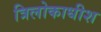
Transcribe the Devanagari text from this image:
त्रिलोकाधीश